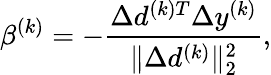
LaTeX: \beta^{(k)}=-\frac{\Delta d^{(k)T}\Delta y^{(k)}}{\| \Delta d^{(k)}\| _{2}^{2}},